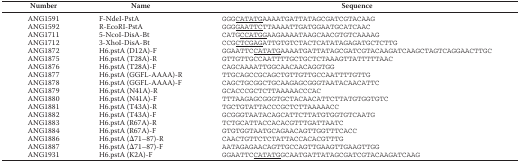
<table><thead><tr><td><b>Number</b></td><td><b>Name</b></td><td><b>Sequence</b></td></tr></thead><tbody><tr><td>ANG1591</td><td>F-NdeI-PstA</td><td>GGG<underline>CATATG</underline>AAAATGATTATAGCGATCGTACAAG</td></tr><tr><td>ANG1592</td><td>R-EcoRI-PstA</td><td>GGG<underline>GAATTC</underline>TTAAAATTGATGGAATGCATCAAC</td></tr><tr><td>ANG1711</td><td>5-NcoI-DisA-Bt</td><td>CATG<underline>CCATGG</underline>AAGAAAATAAGCAACGTGTCAAAAG</td></tr><tr><td>ANG1712</td><td>3-XhoI-DisA-Bt</td><td>CCG<underline>CTCGAG</underline>ATTGTGTCTACTCATATAGAGATGCTCTTG</td></tr><tr><td>ANG1872</td><td>H6.pstA (D12A)-F</td><td>GGAATTC<underline>CATATG</underline>AAAATGATTATAGCGATCGTACAAGATCAAGCTAGTCAGGAACTTGC</td></tr><tr><td>ANG1875</td><td>H6.pstA (T28A)-R</td><td>GTTGTTGCCAATTTTGCTGCTCTAAAGTTATTTTTAAC</td></tr><tr><td>ANG1876</td><td>H6.pstA (T28A)-F</td><td>CAGCAAAATTGGCAACAACAGGTGG</td></tr><tr><td>ANG1877</td><td>H6.pstA (GGFL-AAAA)-R</td><td>TTGCAGCCGCAGCTGTTGTTGCCAATTTTGTTG</td></tr><tr><td>ANG1878</td><td>H6.pstA (GGFL-AAAA)-F</td><td>CAGCTGCGGCTGCAAGAGCGGGTAATACAACATTC</td></tr><tr><td>ANG1879</td><td>H6.pstA (N41A)-R</td><td>GCACCCGCTCTTAAAAACCCAC</td></tr><tr><td>ANG1880</td><td>H6.pstA (N41A)-F</td><td>TTTAAGAGCGGGTGCTACAACATTCTTATGTGGTGTC</td></tr><tr><td>ANG1881</td><td>H6.pstA (T43A)-R</td><td>TGCTGTATTACCCGCTCTTAAAAACC</td></tr><tr><td>ANG1882</td><td>H6.pstA (T43A)-F</td><td>GCGGGTAATACAGCATTCTTATGTGGTGTCAATG</td></tr><tr><td>ANG1883</td><td>H6.pstA (R67A)-R</td><td>TCTGCATTACCACACGTTTGATTAATC</td></tr><tr><td>ANG1884</td><td>H6.pstA (R67A)-F</td><td>GTGTGGTAATGCAGAACAGTTGGTTTCACC</td></tr><tr><td>ANG1886</td><td>H6.pstA (Δ71–87)-R</td><td>CAACTGTTCTCTATTACCACACGTTTG</td></tr><tr><td>ANG1887</td><td>H6.pstA (Δ71–87)-F</td><td>AATAGAGAACAGTTGCCAGTTGAAGTTGAAGTTGG</td></tr><tr><td>ANG1931</td><td>H6.pstA (K2A)-F</td><td>GGAATTC<underline>CATATG</underline>GCAATGATTATAGCGATCGTACAAGATCAAG</td></tr></tbody></table>